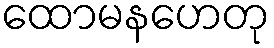
ထောမနဟေတု